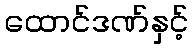
ထောင်ဒဏ်နှင့်